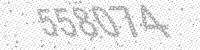
Solution: 558074